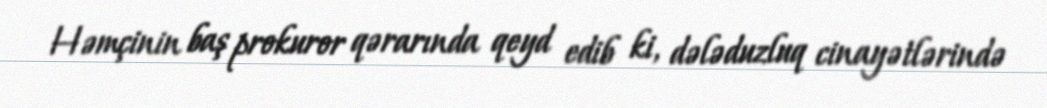
Həmçinin baş prokuror qərarında qeyd edib ki, dələduzluq cinayətlərində